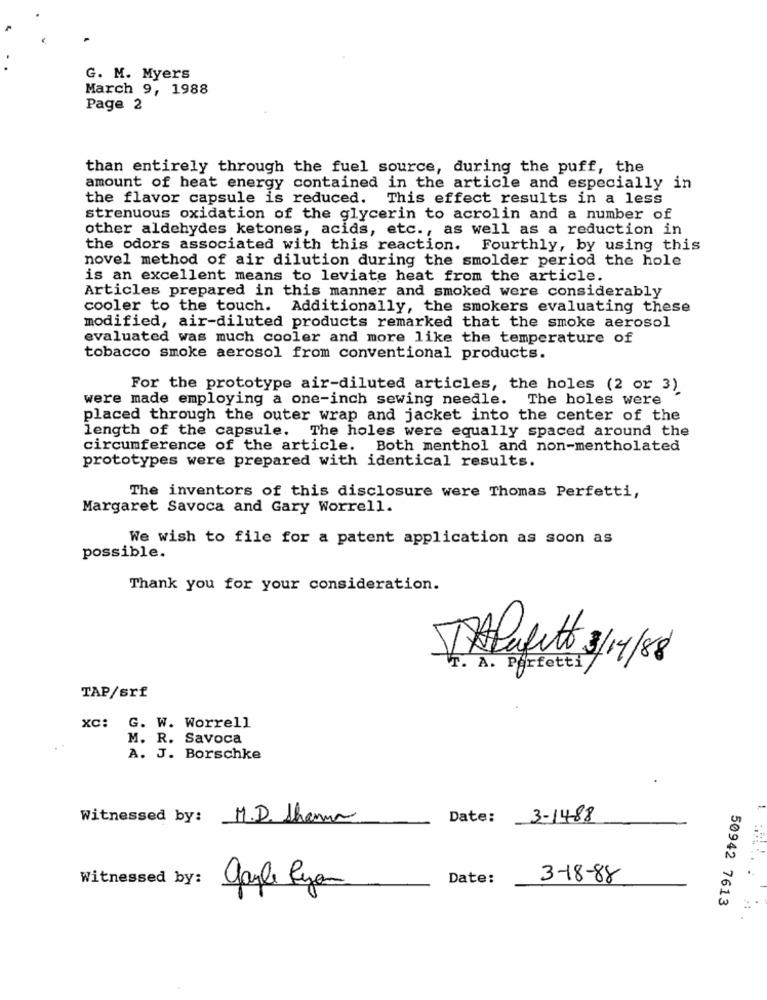
G. M. Myers
March 9, 1988
Page 2
than entirely through the fuel source, during the puff, the
amount of heat energy contained in the article and especially in
the flavor capsule is reduced. This effect results in a less
strenuous oxidation of the glycerin to acrolin and a number of
other aldehydes ketones, acids, etc ., as well as a reduction in
the odors associated with this reaction. Fourthly, by using this
novel method of air dilution during the smolder period the hole
is an excellent means to leviate heat from the article.
Articles prepared in this manner and smoked were considerably
cooler to the touch. Additionally, the smokers evaluating these
modified, air-diluted products remarked that the smoke aerosol
evaluated was much cooler and more like the temperature of
tobacco smoke aerosol from conventional products.
For the prototype air-diluted articles, the holes (2 or 3)
were made employing a one-inch sewing needle. The holes were
placed through the outer wrap and jacket into the center of the
length of the capsule. The holes were equally spaced around the
circumference of the article. Both menthol and non-mentholated
prototypes were prepared with identical results.
The inventors of this disclosure were Thomas Perfetti,
Margaret Savoca and Gary Worrell.
We wish to file for a patent application as soon as
possible.
Thank you for your consideration.
Alafeto 3/4/8
T. A. Perfetti
TAP/srf
xc: G. W. Worrell
M. R. Savoca
A. J. Borschke
Witnessed by: M.D. Shame
Date: 3-1488
Witnessed by:
Date:
3-18-88
gayle Byjan
50942 7613